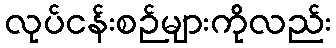
လုပ်ငန်းစဉ်များကိုလည်း